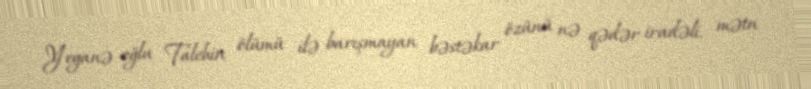
Yeganə oğlu Talehin ölümü ilə barışmayan bəstəkar özünü nə qədər iradəli, mətn